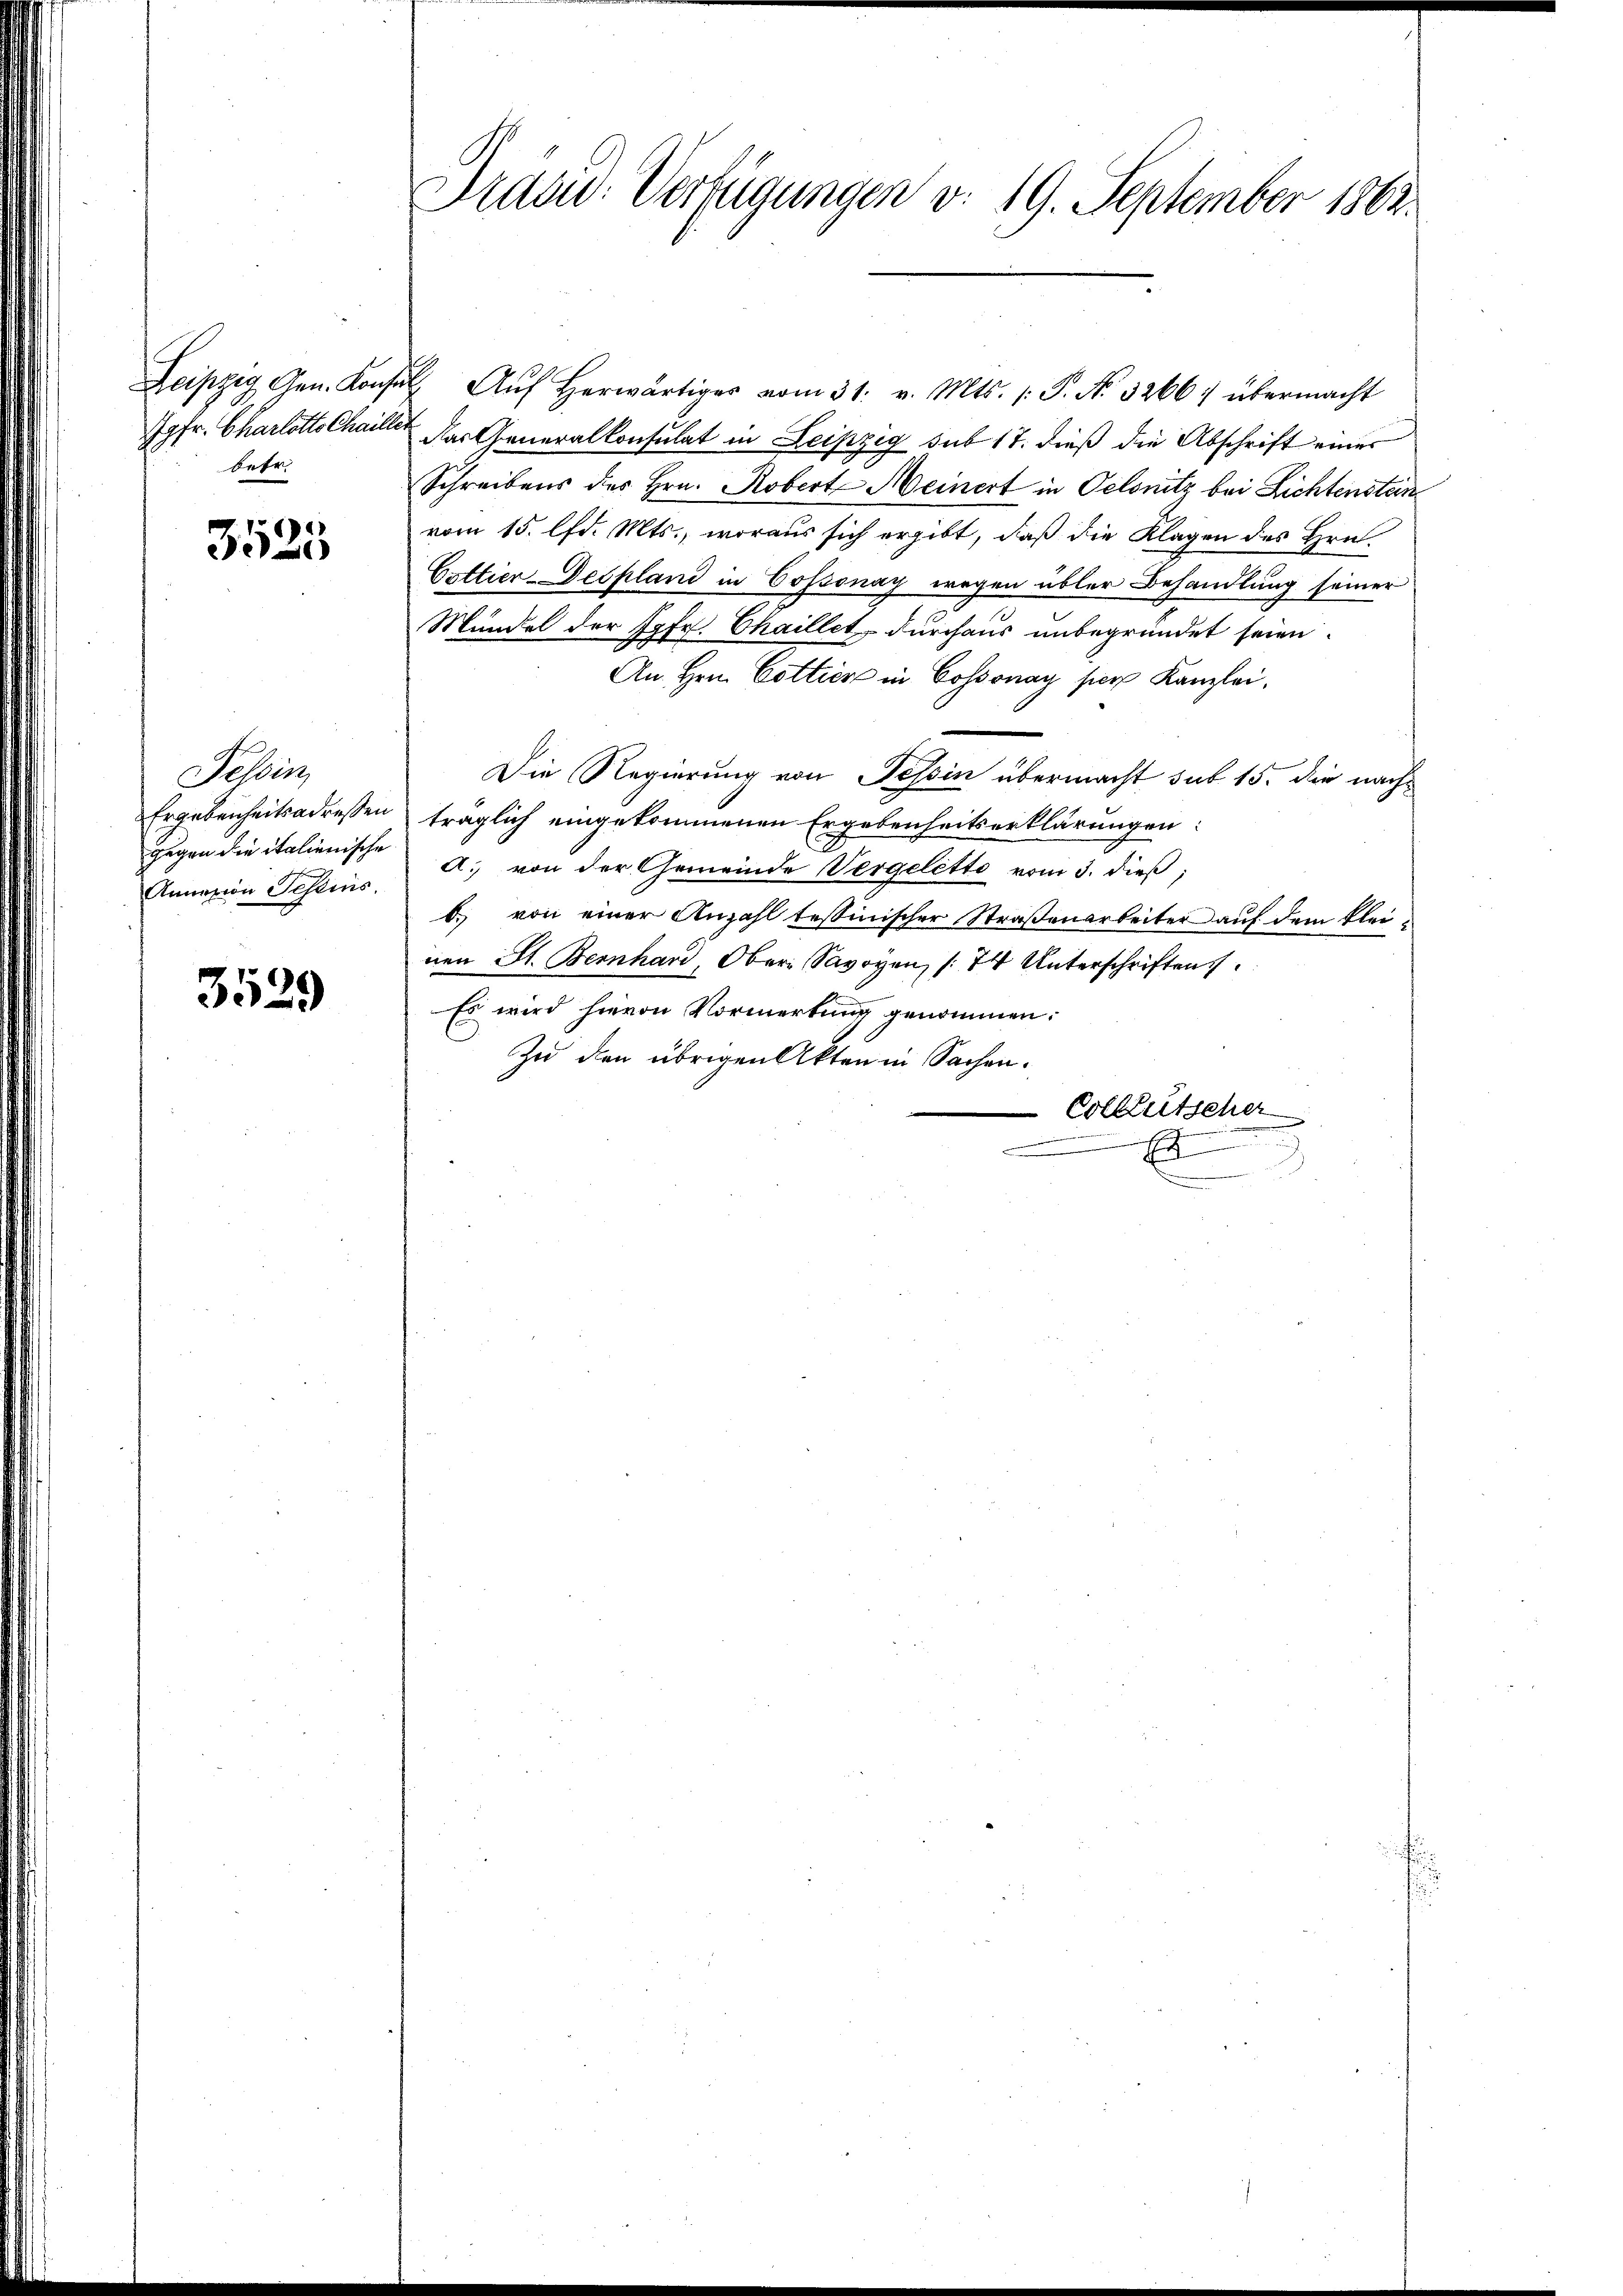
Jgfr. Charlotts Chaill
betr

3525

Sohin
Ergebenheits adressen
gegen die italienische
Annazion Scheins.

3529

Präsid. Verfügungen v. 19. September 1862.

Leipzig Gen. Konsul Aŭf herwärtiger vom 31. v. Mts. (: P. No. 3266 übermacht
 das Generalkonsulat in Leipzig sub 17. dieß die Abschrift einer
Schreibens des Hrn. Robert Meinert in Oelsnitz bei Lichtenstein
vom 15. lfd. Mts., woraus sich ergibt, daß die Klagen des Hrn.
Cottier Despland in Cossonay wegen übler Behandlung seiner
Mündel der Jgfr. Chaillet durchaus unbegründet seien.
An Hrn. Cottier in Cossonay ser Kanzlei.
Die Regierung von Tessin übermacht sub 15. die nachträglich eingekommenen Ergebenheitserklärungen:
A. von der Gemeinde Vergelette vom 3. dieß;
b. von einer Anzahl tessinischer Straßenarbeiter auf dem kleinen St. Bernhard, Ober Savoyen, (74 Unterschriften.
Es wird hievon Vormerkung genommen:
Zu den übrigen Akten in Sachen.
Colleütscher
.. Es
.